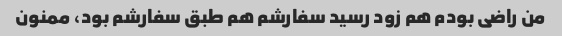
من راضی بودم هم زود رسید سفارشم هم طبق سفارشم بود، ممنون